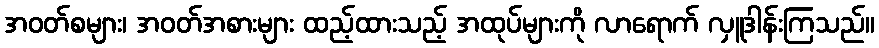
အဝတ်စများ၊ အဝတ်အစားများ ထည့်ထားသည့် အထုပ်များကို လာရောက် လှူဒါန်းကြသည်။